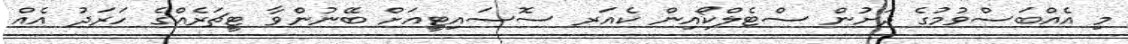
މި އެއްބަސްވުމުގެ ދަށުން ސްޓެލްކޯއިން ކެއަރ ސޮސައިޓީއަށް ބޭނުންވާ ޓީޗަރެއްގެ ހަރަދު އެއް